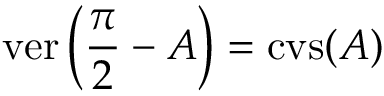
\operatorname { v e r } \left( { \frac { \pi } { 2 } } - A \right) = \operatorname { c v s } ( A )